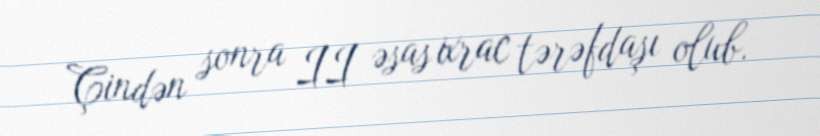
Çindən sonra II əsas ixrac tərəfdaşı olub.